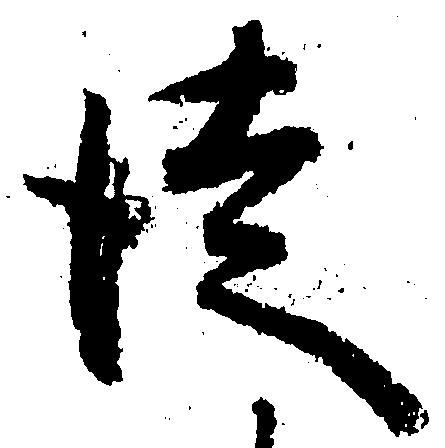
徒